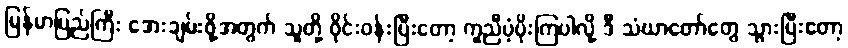
မြန်မာပြည်ကြီး အေးချမ်းဖို့အတွက် သူတို့ ဝိုင်းဝန်းပြီးတော့ ကူညီပံ့ပိုးကြပါလို့ ဒီ သံဃာတော်တွေ သွားပြီးတော့